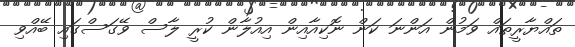
ތައްޔާރީތައް ވަމުން އަންނަ ކަން ނޮކިއާއިން އިއުލާން ކުރީ ލާސް ވޭގަސްގައި ބޭއްވި